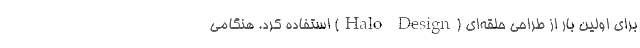
برای اولین بار از طراحی حلقه‌ای (Halo Design) استفاده کرد. هنگامی